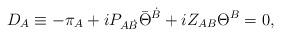
LaTeX: \begin{align*}D_{A}\equiv - \pi_A + i P_{A\dot{B}} \bar{\Theta}^{\dot{B}} + iZ_{AB} \Theta^B=0, \qquad\end{align*}